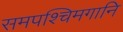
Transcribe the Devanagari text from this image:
समपश्चिमगानि